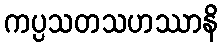
ကပ္ပသတသဟဿာနိ